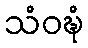
သံဝဍ္ဎံ